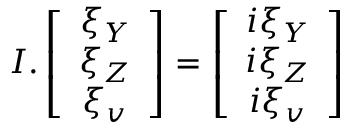
I . \left[ \begin{array} { c } { { \xi _ { Y } } } \\ { { \xi _ { Z } } } \\ { { \xi _ { v } } } \end{array} \right] = \left[ \begin{array} { c } { { i \xi _ { Y } } } \\ { { i \xi _ { Z } } } \\ { { i \xi _ { v } } } \end{array} \right]